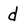
Character: d